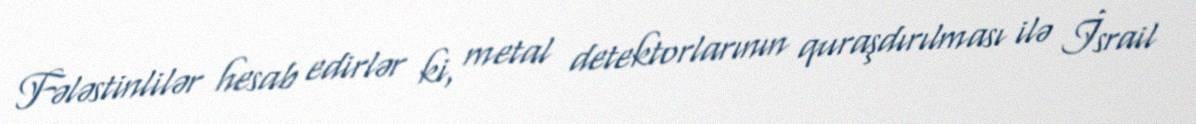
Fələstinlilər hesab edirlər ki, metal detektorlarının quraşdırılması ilə İsrail